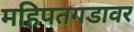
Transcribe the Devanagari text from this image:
महिपतगडावर